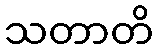
သတာတိ